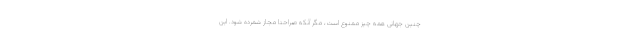
چنین جهانی همه چیز ممنوع است، مگر آنکه صراحتاً مجاز شمرده شود. این